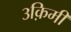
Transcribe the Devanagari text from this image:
३क़िमी